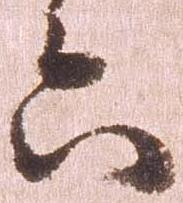
六